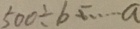
5 0 0 \div b \cdots a